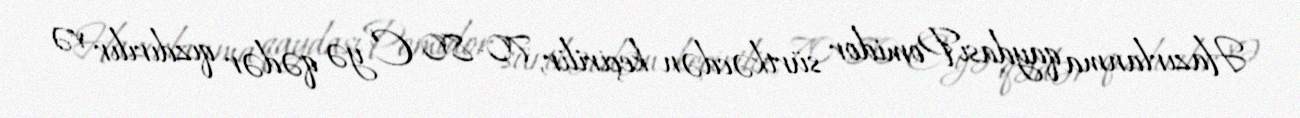
Hazırlanma qaydasıPomidor sürtkəcdən keçirilir, 70-80 C-yə qədər qızdırılır və